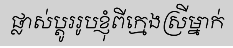
ផ្លាស់ប្តូររូបខ្ញុំពីក្មេងស្រីម្នាក់